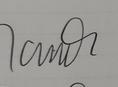
Signature authenticity: genuine